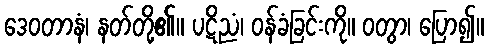
ဒေဝတာနံ၊ နတ်တို့၏။ ပဋိညံ၊ ဝန်ခံခြင်းကို။ ဝတွာ၊ ပြော၍။